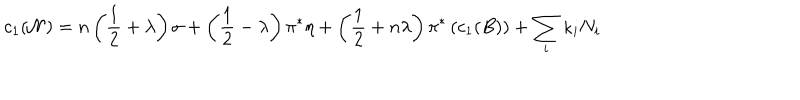
c _ { 1 } ( { \cal N } ) = n \left( { \frac { 1 } { 2 } } + \lambda \right) \sigma + \left( { \frac { 1 } { 2 } } - \lambda \right) \pi ^ { * } \eta + \left( { \frac { 1 } { 2 } } + n \lambda \right) \pi ^ { * } \left( c _ { 1 } ( B ) \right) + \sum _ { i } \kappa _ { i } N _ { i }